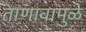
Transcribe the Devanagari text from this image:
ताणावामुळे